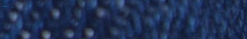
تواصل معنا للحصول على عرو